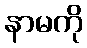
နာမကို